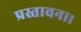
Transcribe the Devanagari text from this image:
प्रस्तावना।